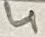
Text: 4